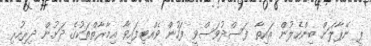
ޕީ ނޭޕާލަށް ބިންހެލުން އައިތާ ފަސްދުވަސްވީ ފަހުން ވެއްޓިފައިވާ އިމާރާތްތަކުގެ ދަށުން ދިރިހުރި